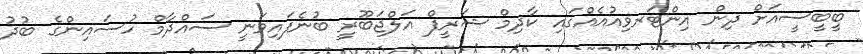
ބީބީސީއަށް ދިން އިންޓަރވިއުއެއްގައި ކާދިމް ޝަރީފް އަލްޖަބޫރީ ބުނެފައިވަނީ ސައްދާމް ހުސައިންގެ ބުދު